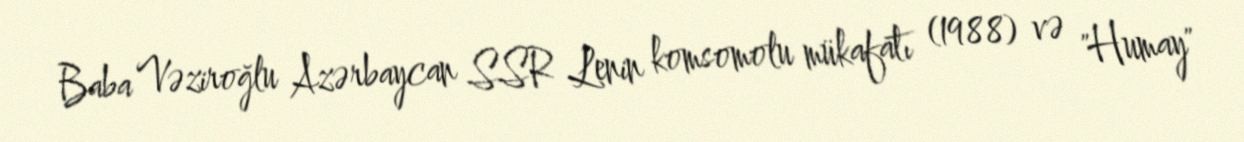
Baba Vəziroğlu Azərbaycan SSR Lenin komsomolu mükafatı (1988) və "Humay"